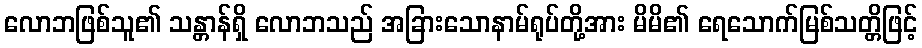
လောဘဖြစ်သူ၏ သန္တာန်ရှိ လောဘသည် အခြားသောနာမ်ရုပ်တို့အား မိမိ၏ ရေသောက်မြစ်သတ္တိဖြင့်